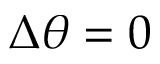
\Delta \theta = 0